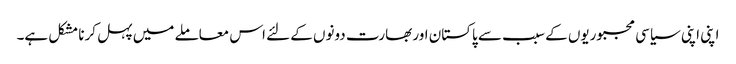
اپنی اپنی سیاسی مجبوریوں کے سبب سے پاکستان اور بھارت دونوں کے لئے اس معاملے میں پہل کرنا مشکل ہے۔